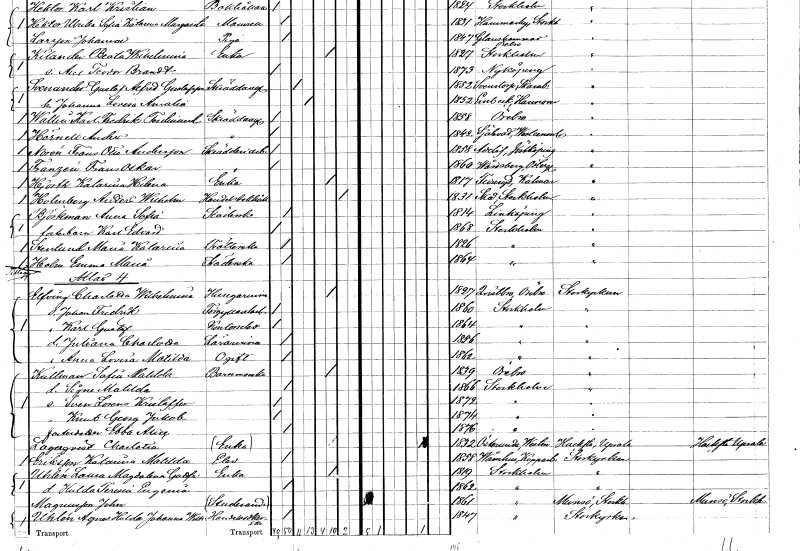
gt_parse: households: individuals: FN: Frans Otto
EN: Norén Andersson
YRKE: Skrädderiarbetare
KON: M
CIV: O
FODAR: 1858
FODFORS: Adelöv Jönköpings län
FN: Frans Oskar
EN: Franzen
YRKE: Skrädderiarbetare
KON: M
CIV: O
FODAR: 1860
FODFORS: Vårdsberg Östergötlands län
FN: Katarina Helena
EN: Hjorth
YRKE: Änka
KON: K
CIV: E
FODAR: 1817
FODFORS: Fliseryd Kalmar län
FN: Anders Wilhelm
EN: Holmberg
YRKE: Handelsbokhållare
KON: M
CIV: X
FODAR: 1831
FODFORS: Skå Stockholms län
FN: Anna Sofia
EN: Björkman
YRKE: Städerska
KON: K
CIV: O
FODAR: 1814
FODFORS: Linköping Östergötlands län
FN: Karl Edvard
KON: M
CIV: O
FODAR: 1868
FODFORS: Stockholm
FN: Maria Katarina
EN: Stenlund
YRKE: Sköterska
KON: K
CIV: O
FODAR: 1826
FODFORS: Stockholm
FN: Emma Maria
EN: Holm
YRKE: Städerska
KON: K
CIV: O
FODAR: 1864
FODFORS: Stockholm
FN: Charlotta Wilhelmina
EN: Elfving
YRKE: Husägarinna
KON: K
CIV: E
FODAR: 1827
FODFORS: Kvistbro Örebro län
FN: Johan Fredrik
YRKE: Förgyllarelärling
KON: M
CIV: O
FODAR: 1860
FODFORS: Stockholm
FN: Karl Gustaf
YRKE: Kontorselev
KON: M
CIV: O
FODAR: 1864
FODFORS: Stockholm
FN: Juliana Charlotta
YRKE: Lärarinna
KON: K
CIV: O
FODAR: 1856
FODFORS: Stockholm
FN: Anna Lovisa Matilda
KON: K
CIV: O
FODAR: 1862
FODFORS: Stockholm
FN: Sofia Matilda
EN: Kullman
YRKE: Barnmorska
KON: K
CIV: E
FODAR: 1839
FODFORS: Örebro Örebro län
FN: Signe Matilda
KON: K
CIV: O
FODAR: 1866
FODFORS: Stockholm
FN: Sven Lorens Kristoffer
KON: M
CIV: O
FODAR: 1872
FODFORS: Stockholm
FN: Knut Georg Jakob
KON: M
CIV: O
FODAR: 1874
FODFORS: Stockholm
FN: Ebba Alice
KON: K
CIV: O
FODAR: 1876
FODFORS: Stockholm
FN: Charlotta
EN: Lagerqvist
YRKE: Änka
KON: K
CIV: E
FODAR: 1832
FODFORS: Österunda Uppsala län
FN: Katarina Matilda
EN: Eriksson
YRKE: Elev
KON: K
CIV: O
FODAR: 1858
FODFORS: Våmhus Kopparbergs län
FN: Laura Magdalena Gustafva
EN: Uhlén
YRKE: Änka
KON: K
CIV: E
FODAR: 1819
FODFORS: Stockholm
FN: Hulda Teresia Eugenia
KON: K
CIV: O
FODAR: 1862
FODFORS: Stockholm
FN: John
EN: Magnusson
YRKE: Studerande
KON: M
CIV: O
FODAR: 1861
FODFORS: Stockholm
FN: Agnes Hulda Johanna Wilhelmina
EN: Uhlén
YRKE: Handelsidkerska
KON: K
CIV: O
FODAR: 1847
FODFORS: Stockholm